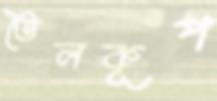
তৈলকূপ